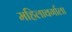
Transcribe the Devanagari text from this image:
महिलावर्गाला